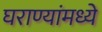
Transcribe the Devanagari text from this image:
घराण्यांमध्ये